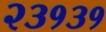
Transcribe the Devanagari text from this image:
२३१३१